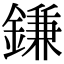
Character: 鎌